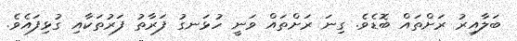
ބަލާއިރު ރަށްތައް ބޮޑެވެ. ގިނަ ރަށްތައް ވަނީ ހުޅަނގު ފަރާތު ފަރުތަކާއި ގުޅިފައެވެ.